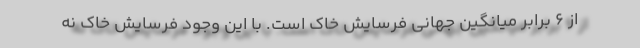
از 6 برابر میانگین جهانی فرسایش خاک است. با این وجود فرسایش خاک نه